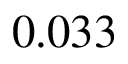
0 . 0 3 3